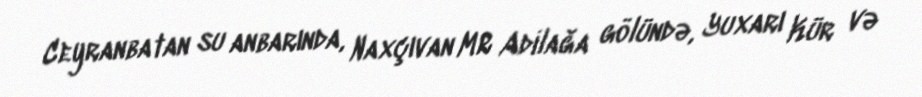
Ceyranbatan su anbarında, Naxçıvan MR Adilağa gölündə, Yuxarı Kür və